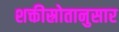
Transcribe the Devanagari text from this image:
शक्तीस्रोतानुसार